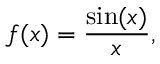
f ( x ) = { \frac { \sin ( x ) } { x } } ,